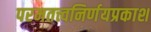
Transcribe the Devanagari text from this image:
परमतत्त्वनिर्णयप्रकाश